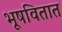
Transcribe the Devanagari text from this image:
भूषवितात